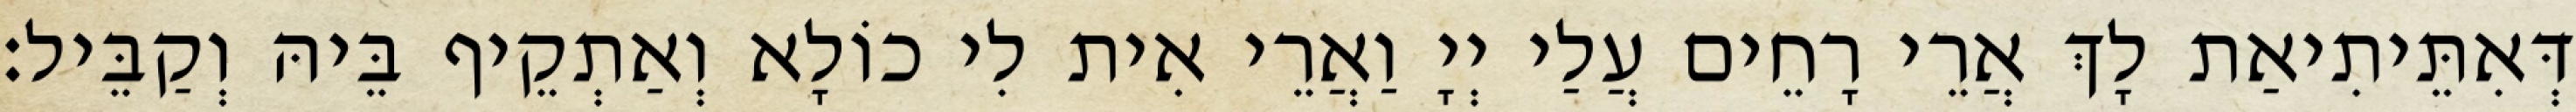
דְּאִתֵּיתִיאַת לָךְ אֲרֵי רָחֵים עֲלַי יְיָ וַאֲרֵי אִית לִי כוֹלָא וְאַתְקֵיף בֵּיהּ וְקַבֵּיל׃